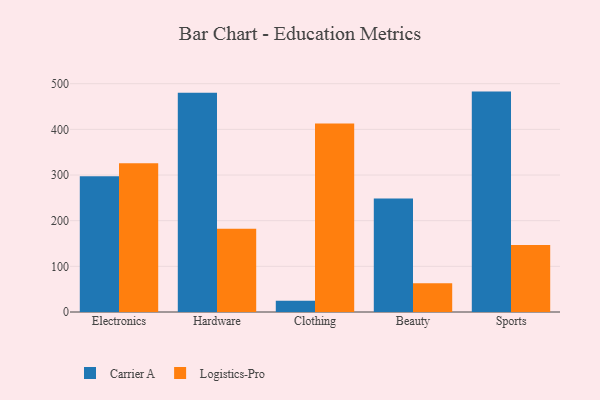
{"axis": {"x": "Category", "y": "Churn Rate (%)"}, "legend": ["Carrier A", "Logistics-Pro"], "data": [{"x": "Electronics", "y": 297.4, "type": "Carrier A"}, {"x": "Electronics", "y": 325.9, "type": "Logistics-Pro"}, {"x": "Hardware", "y": 480.4, "type": "Carrier A"}, {"x": "Hardware", "y": 182.3, "type": "Logistics-Pro"}, {"x": "Clothing", "y": 24.8, "type": "Carrier A"}, {"x": "Clothing", "y": 412.6, "type": "Logistics-Pro"}, {"x": "Beauty", "y": 248.8, "type": "Carrier A"}, {"x": "Beauty", "y": 62.8, "type": "Logistics-Pro"}, {"x": "Sports", "y": 482.7, "type": "Carrier A"}, {"x": "Sports", "y": 146.5, "type": "Logistics-Pro"}]}